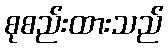
စုစည်းထားသည်